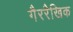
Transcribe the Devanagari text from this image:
गैररैखिक